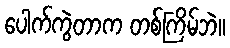
ပေါက်ကွဲတာက တစ်ကြိမ်ဘဲ။